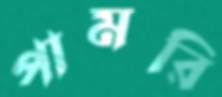
পামরি